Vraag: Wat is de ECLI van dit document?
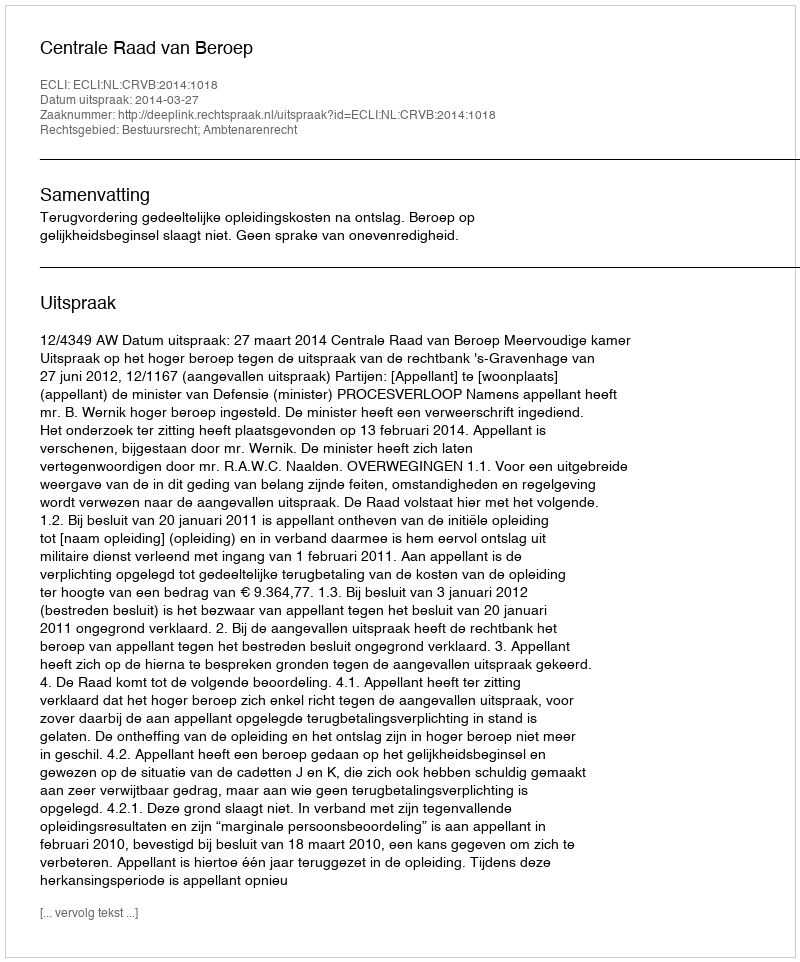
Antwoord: ECLI:NL:CRVB:2014:1018